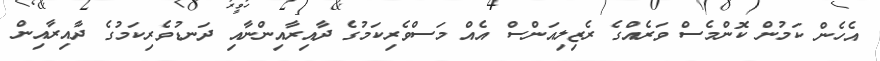
އެހެން ކަމުން ކޮންމެސް ވަރެއްގެ ރެޒިލިއަންސް އެއް މަސްވެރިކަމުގެ ދާއިރާއިންނާއި ދަނޑުވެރިކަމުގެ ދާއިރާއިން